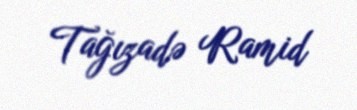
Tağızadə Ramid